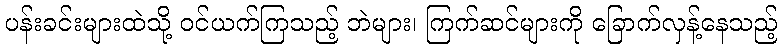
ပန်းခင်းများထဲသို့ ဝင်ယက်ကြသည့် ဘဲများ၊ ကြက်ဆင်များကို ခြောက်လှန့်နေသည့်